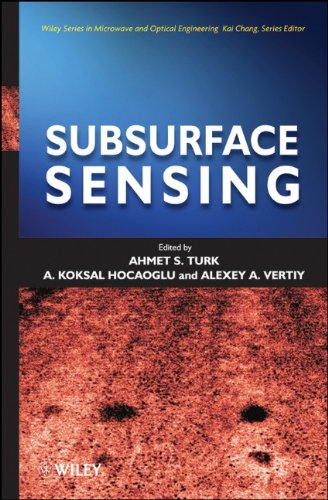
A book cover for Subsurface Sensing; Ahmet S. Turk; Science & Math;